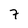
Character: 7